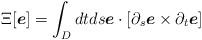
LaTeX: \begin{align*}\Xi[{\mbox{\boldmath $e$}}] = \int_D dt ds{\mbox{\boldmath$e$}}\cdot[\partial_s{\mbox{\boldmath $e$}}\times\partial_t{\mbox{\boldmath $e$}}]\end{align*}